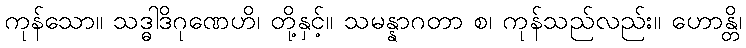
ကုန်သော။ သဒ္ဓါဒိဂုဏေဟိ၊ တို့နှင့်။ သမန္နာဂတာ စ၊ ကုန်သည်လည်း။ ဟောန္တိ၊